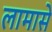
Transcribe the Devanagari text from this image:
लामासे